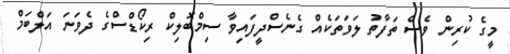
މީގެ ކުރިން ވެސް ތަފާތު ލަވަތަކެއް ގެނެސްދީފައިވާ ސިމްބޮލިކް ރިކޯޑްސްގެ ދެވަނަ އަލްބަމް